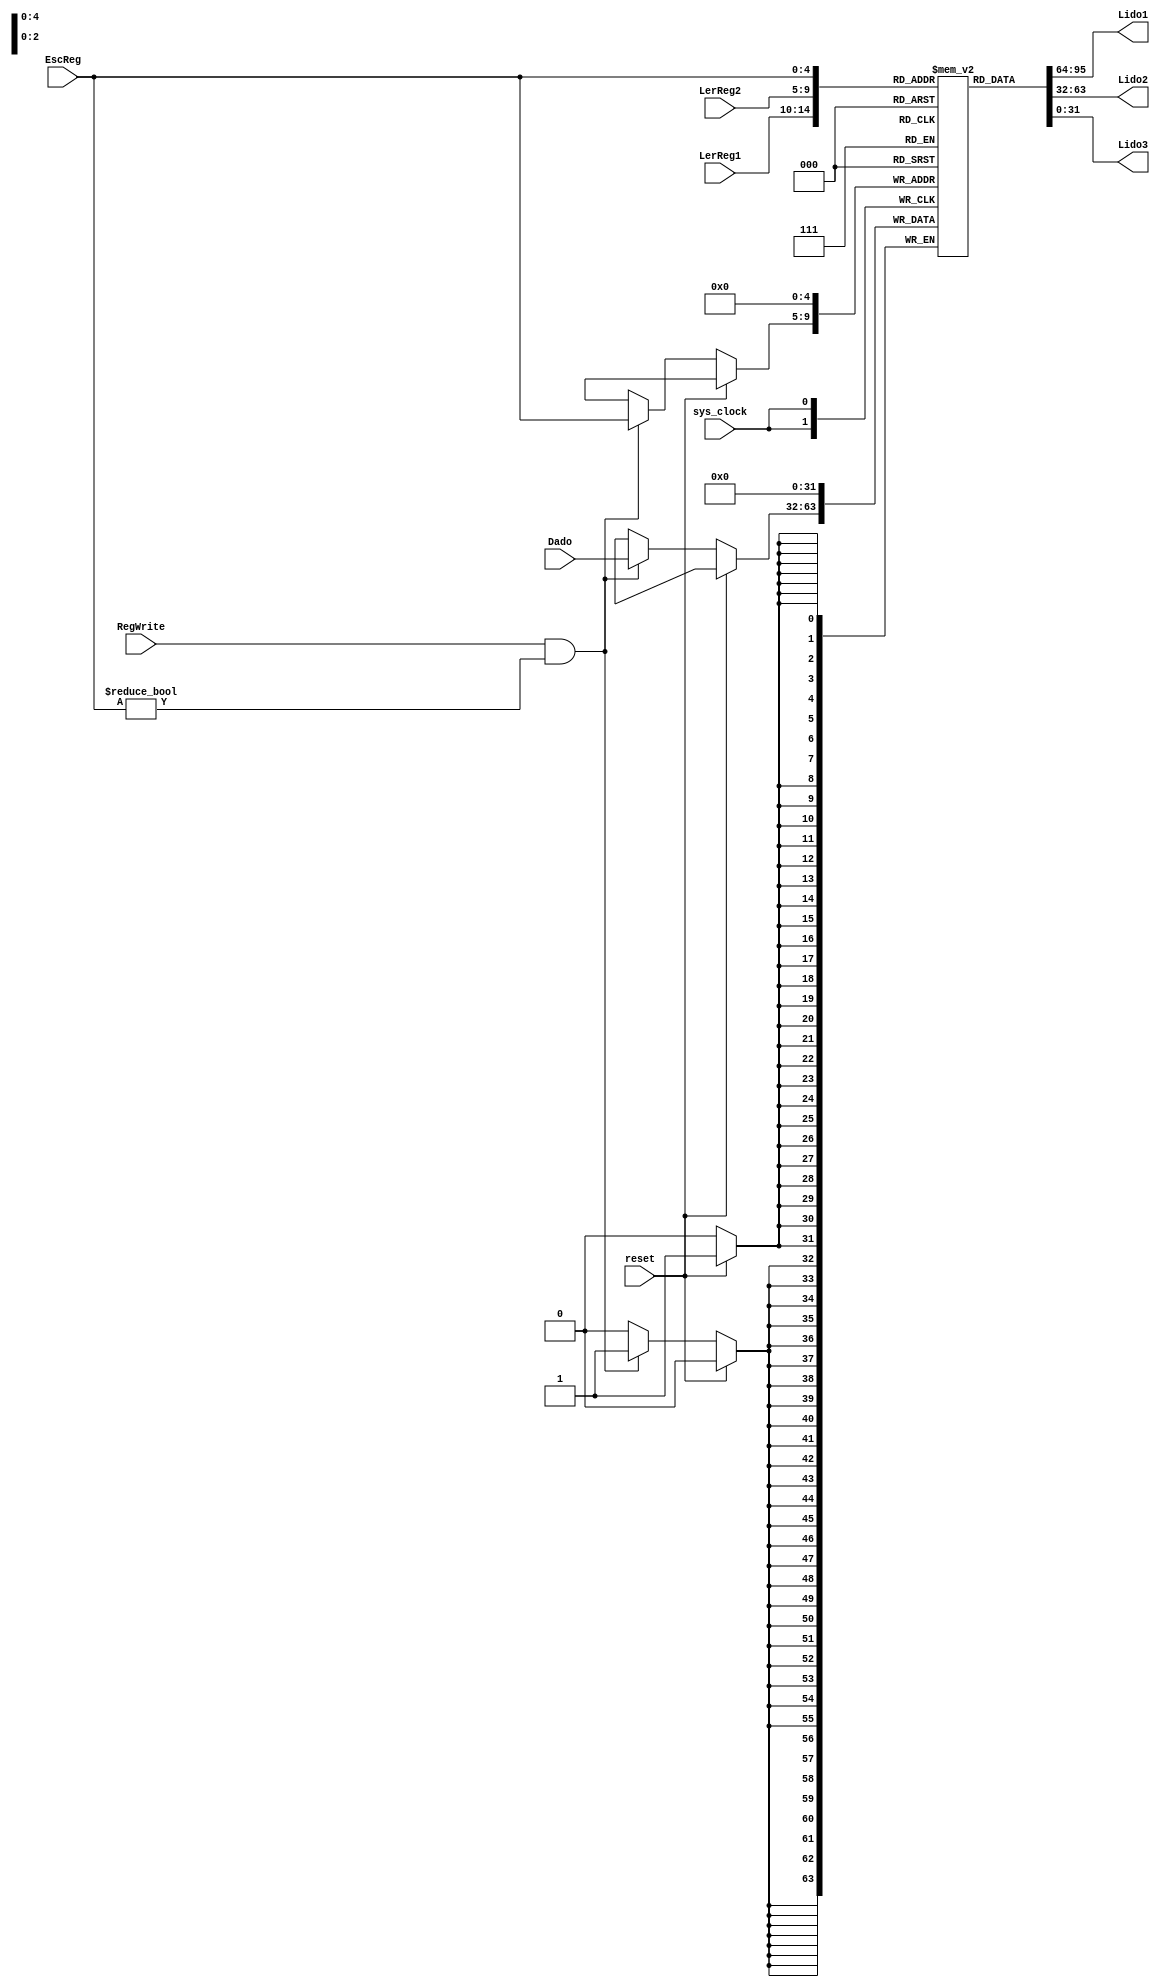
module BancoDeRegistradoresDeDados(LerReg1, LerReg2,
											  EscReg, Dado, Lido1, 
											  Lido2, Lido3, reset, sys_clock, RegWrite);
											  
											  
input sys_clock, RegWrite;//clock e sinal de escrita da Unidade de Controle
input reset;
input [4:0] LerReg1; //registrador que vai ser lido
input [4:0] LerReg2; //registrador que vai ser lido
input [4:0] EscReg; //registrador que receber o resultado
input [31:0] Dado; //resultado que vai ser escrito no EscReg
output [31:0] Lido1;//contedo do LerReg1
output [31:0] Lido2;//contedo do LerReg2
output [31:0] Lido3;//contedo do EscReg


reg[31:0] RegDado[31:0];

assign Lido1 = RegDado[LerReg1];
assign Lido2 = RegDado[LerReg2];
assign Lido3 = RegDado[EscReg];

always @(negedge sys_clock) 
begin
	if (reset)
	begin
		RegDado[0] <= 32'b00000000_00000000_00000000_00000000;
	end
	else if (RegWrite && (EscReg!=0))//O registrador 0  reservado para o valor 0
	begin
		RegDado[EscReg]<=Dado;
	end
end

endmodule